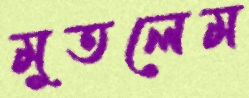
মুতলেম